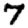
Digit: 7